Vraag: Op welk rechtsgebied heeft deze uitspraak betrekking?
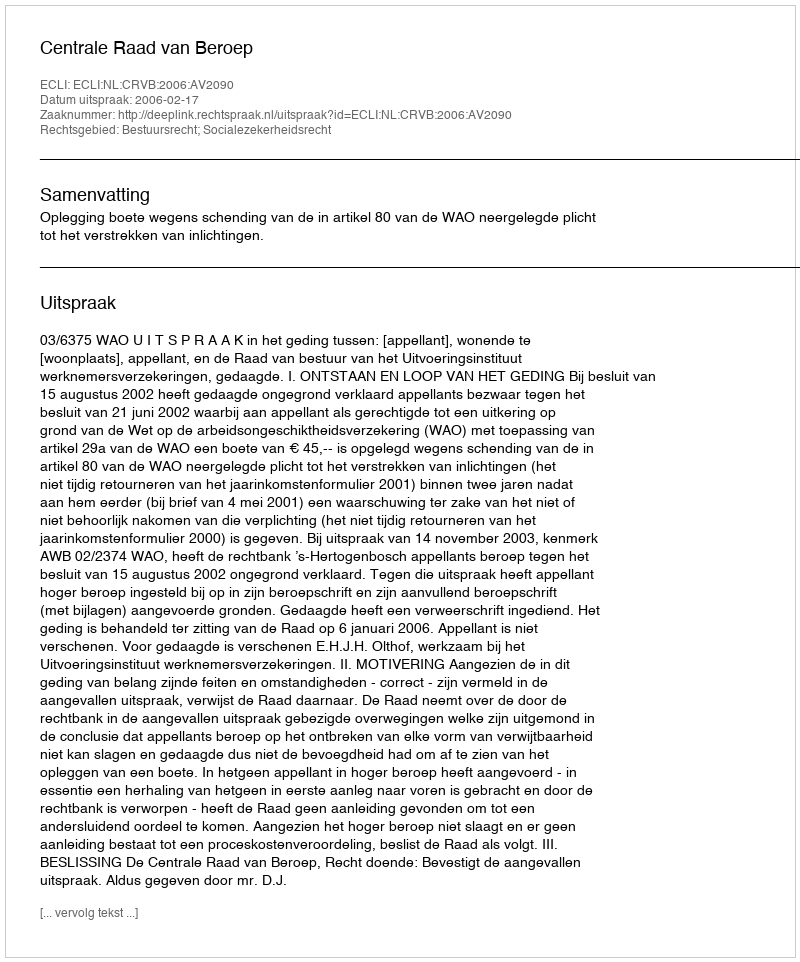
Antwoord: Bestuursrecht; Socialezekerheidsrecht